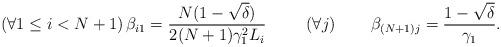
LaTeX: \begin{align*}\left(\forall 1\leq i < N+1\right) \beta_{i1} = \frac{N(1-\sqrt{\delta})}{2(N+1)\gamma_1^2 L_i} && && \left(\forall j\right) \qquad\beta_{(N+1)j} = \frac{1-\sqrt{\delta}}{\gamma_1}.\end{align*}